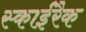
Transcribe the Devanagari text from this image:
स्काईरैक